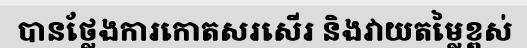
បានថ្លែងការកោតសរសើរ និងវាយតម្លៃខ្ពស់